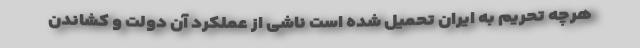
هرچه تحریم به ایران تحمیل شده است ناشی از عملکرد آن دولت و کشاندن